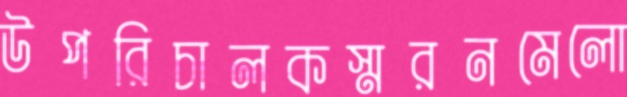
উপরিচালকস্মরনমেলো